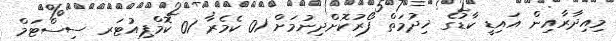
މިއިދާރާއިން އައިޑީ ކާޑުގެ ޚިދުމަތް ފޯރުކޮށްދިނުމަށް 01 ކެމެރާ 01 ކޮމްޕިއުޓަރ ސިސްޓަމް